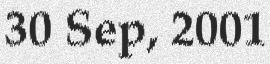
30 Sep, 2001